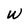
Character: W